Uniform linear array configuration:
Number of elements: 16
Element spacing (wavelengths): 1
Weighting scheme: cosine
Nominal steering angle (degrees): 0
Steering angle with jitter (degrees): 1.459
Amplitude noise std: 0.05
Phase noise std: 0.05

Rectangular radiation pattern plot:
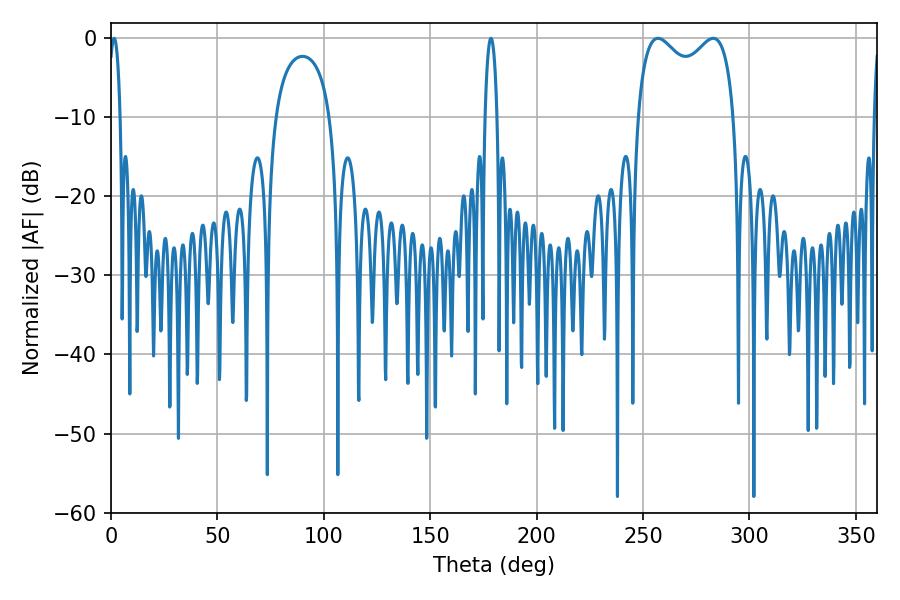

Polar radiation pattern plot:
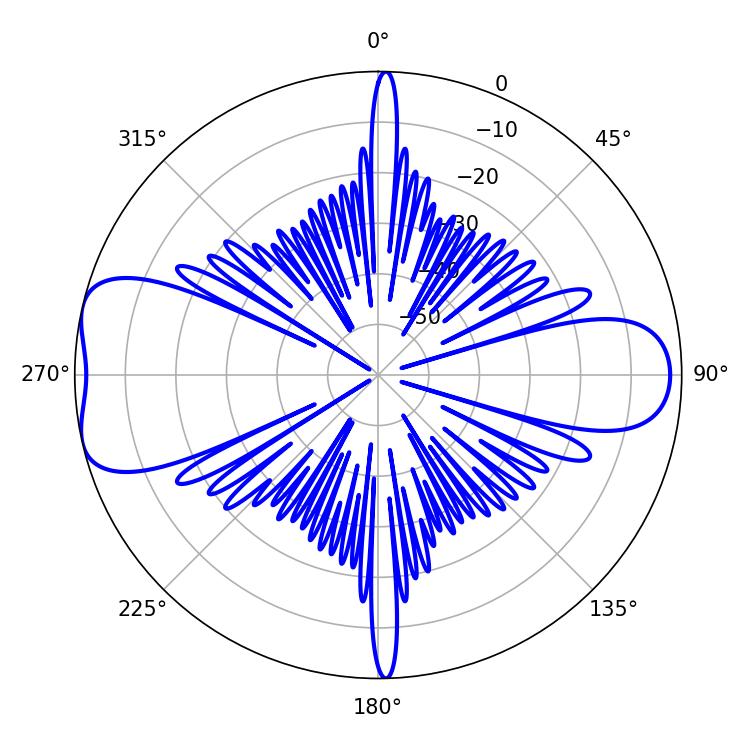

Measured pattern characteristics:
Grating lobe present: TRUE
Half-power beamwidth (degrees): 37.8
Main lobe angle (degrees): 257.04